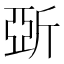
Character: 𣂪